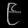
Digit: ၉